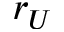
r _ { U }